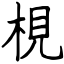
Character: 梘